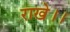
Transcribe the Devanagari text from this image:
राखे।।